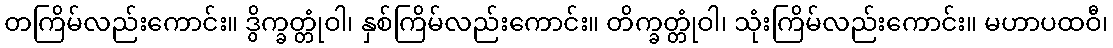
တကြိမ်လည်းကောင်း။ ဒွိက္ခတ္တုံဝါ၊ နှစ်ကြိမ်လည်းကောင်း။ တိက္ခတ္တုံဝါ၊ သုံးကြိမ်လည်းကောင်း။ မဟာပထဝီ၊